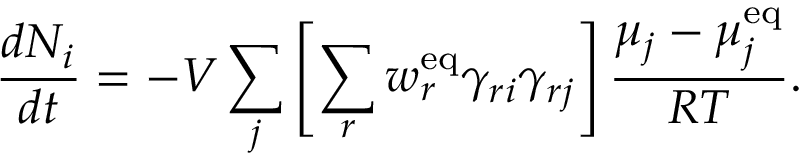
{ \frac { d N _ { i } } { d t } } = - V \sum _ { j } \left[ \sum _ { r } w _ { r } ^ { \mathrm { { e q } } } \gamma _ { r i } \gamma _ { r j } \right] { \frac { \mu _ { j } - \mu _ { j } ^ { \mathrm { { e q } } } } { R T } } .